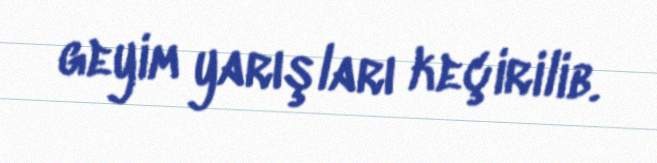
geyim yarışları keçirilib.